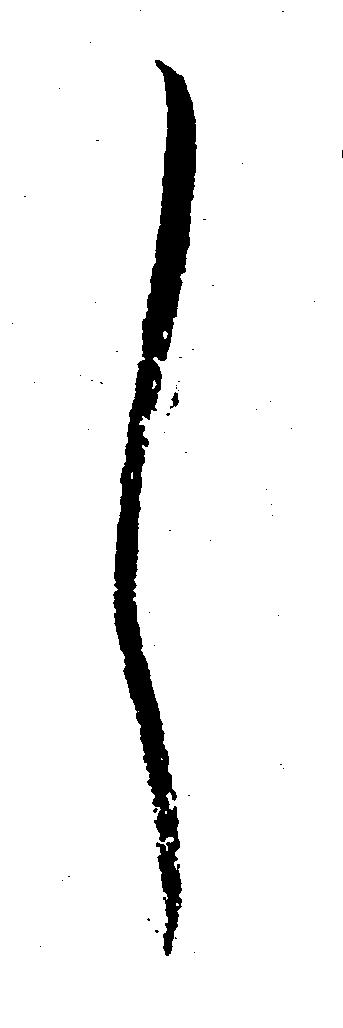
し